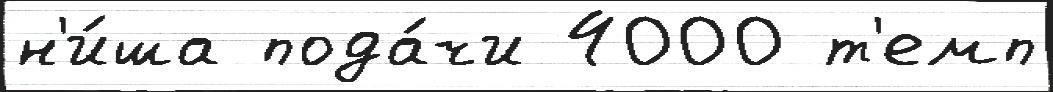
н'и́ша пода́чи 4000 т'емп